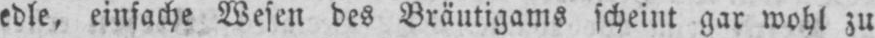
edle, einfache Wesen des Bräutigams scheint gar wohl zu